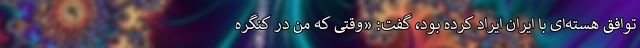
توافق هسته‌ای با ایران ایراد کرده بود، گفت: «وقتی که من در کنگره